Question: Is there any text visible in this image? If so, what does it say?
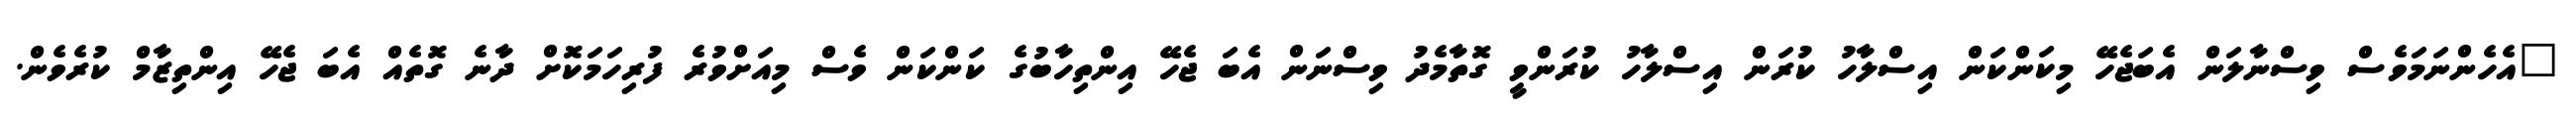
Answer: "އެހެންނަމަވެސް ވިސްނާލަން އެބަޖެހޭ މިކަންކަން އިސްލާހު ކުރަން އިސްލާހު ކުރަންވީ ގޮތާމެދު ވިސްނަން އެބަ ޖެހޭ އިންތިހާބުގެ ކަންކަން ވެސް މިއަށްވުރެ ފުރިހަމަކޮށް ދާނެ ގޮތެއް އެބަ ޖެހޭ އިންތިޒާމް ކުރެވެން.